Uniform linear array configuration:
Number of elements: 4
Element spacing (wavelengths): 0.75
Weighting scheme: exponential
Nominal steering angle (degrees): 45
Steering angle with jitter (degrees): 46.75
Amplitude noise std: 0.05
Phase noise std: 0.05

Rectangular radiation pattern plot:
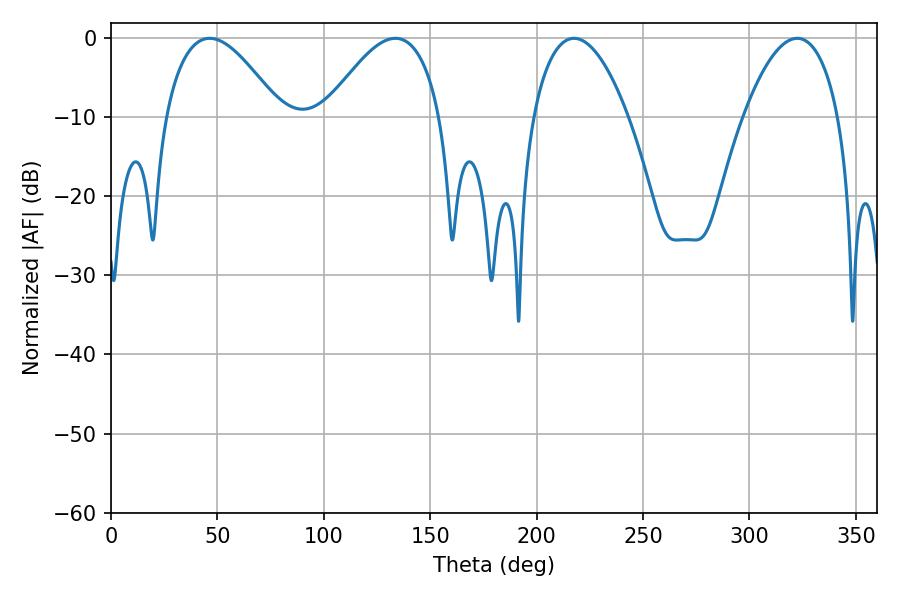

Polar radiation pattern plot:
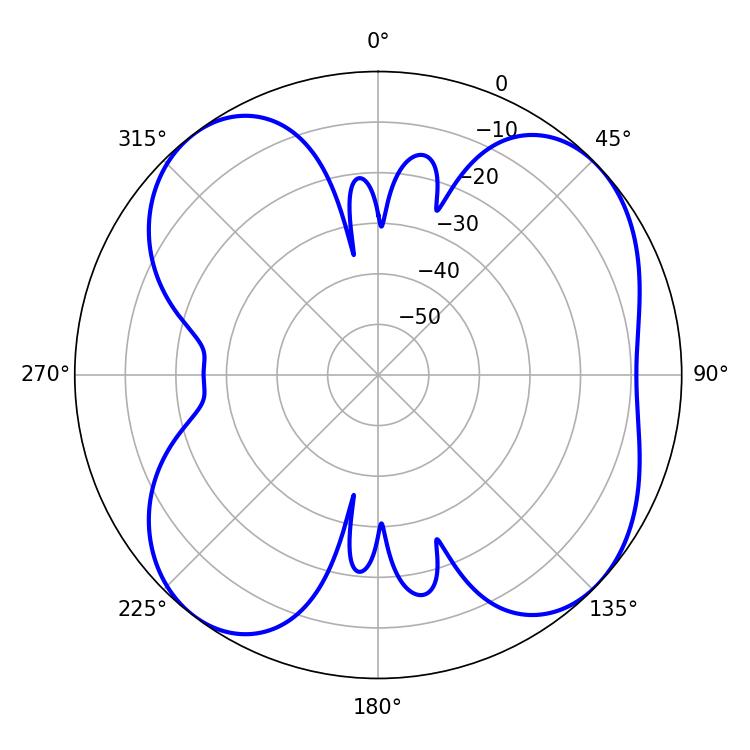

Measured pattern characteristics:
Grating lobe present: TRUE
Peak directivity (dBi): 8.374
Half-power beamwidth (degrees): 29.52
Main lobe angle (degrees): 46.44